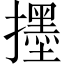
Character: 𱡅